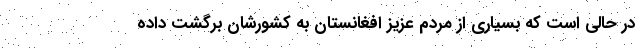
در حالی است که بسیاری از مردم عزیز افغانستان به کشورشان برگشت داده